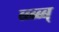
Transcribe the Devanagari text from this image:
ब्ब्ब्ब्ब्